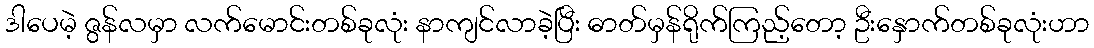
ဒါပေမဲ့ ဇွန်လမှာ လက်မောင်းတစ်ခုလုံး နာကျင်လာခဲ့ပြီး ဓာတ်မှန်ရိုက်ကြည့်တော့ ဦးနှောက်တစ်ခုလုံးဟာ